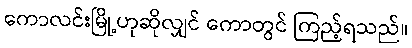
ကောလင်းမြို့ဟုဆိုလျှင် ကောတွင် ကြည့်ရသည်။